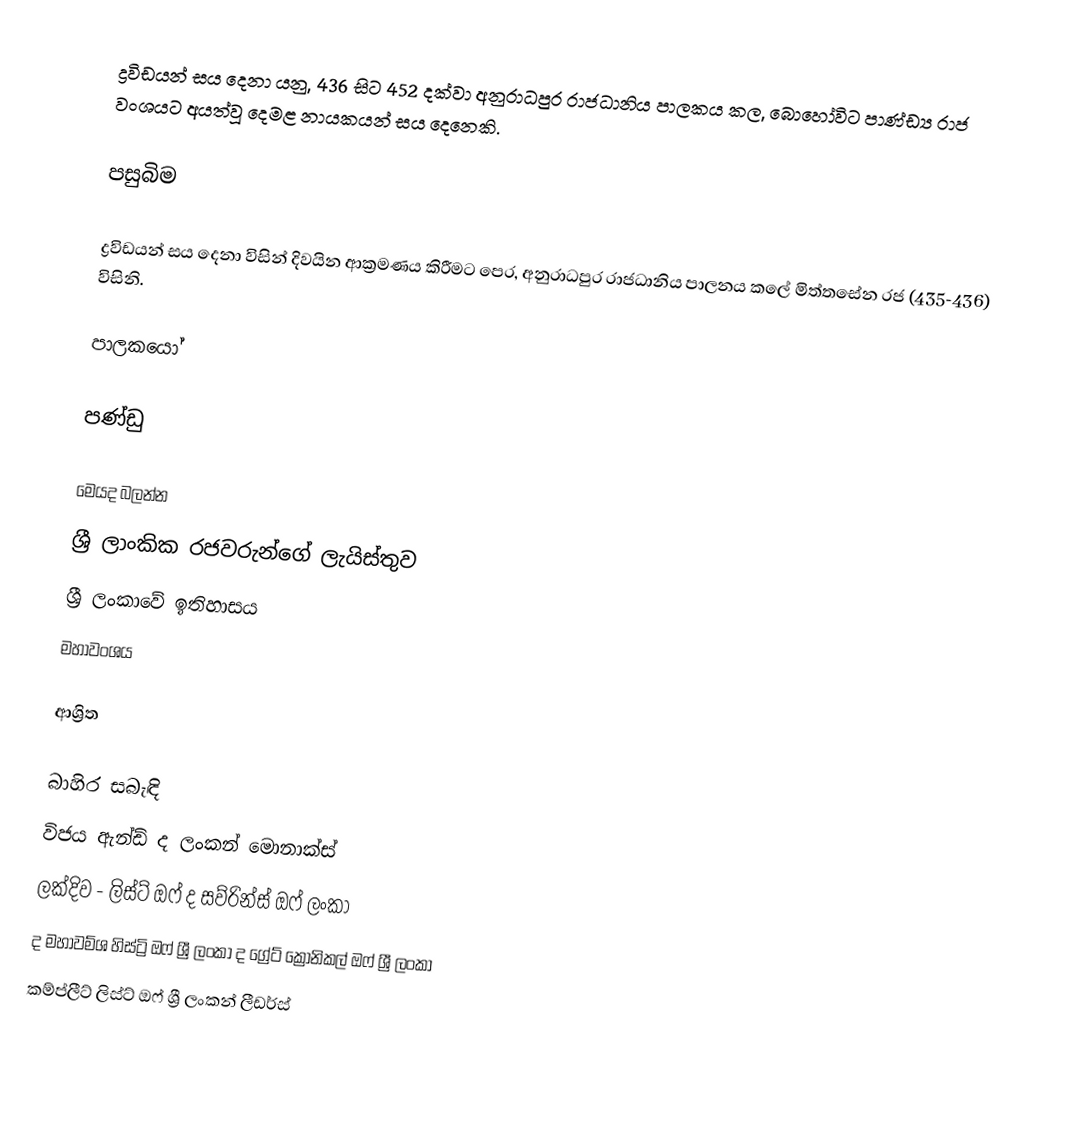
ද්‍රවිඩයන් සය දෙනා යනු,   436  සිට 452 දක්වා අනුරාධපුර රාජධානිය පාලකය කල, බොහෝවිට පාණ්ඩ්‍ය රාජ වංශයට  අයත්වූ දෙමළ නායකයන් සය දෙනෙකි.

පසුබිම

ද්‍රවිඩයන් සය දෙනා විසින් දිවයින ආක්‍රමණය කිරීමට පෙර, අනුරාධපුර රාජධානිය පාලනය කලේ  මිත්තසේන රජ (435-436) විසිනි.

පාලකයෝ

පණ්ඩු

මෙයද බලන්න
 ශ්‍රී ලාංකික රජවරුන්ගේ ලැයිස්තුව
 ශ්‍රී ලංකාවේ ඉතිහාසය
 මහාවංශය

ආශ්‍රිත

බාහිර සබැඳි
  විජය ඇන්ඩ් ද ලංකන් මොනාක්ස්
 ලක්දිව - ලිස්ට් ඔෆ් ද සව්රින්ස් ඔෆ් ලංකා
 ද මහාවම්ශ හිස්ට්‍රි ඔෆ් ශ්‍රී ලංකා ද ග්‍රේට් ක්‍රොනිකල් ඔෆ් ශ්‍රී ලංකා
 කම්ප්ලීට් ලිස්ට් ඔෆ් ශ්‍රී ලංකන් ලීඩර්ස්